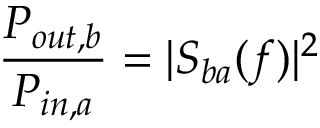
\frac { P _ { o u t , b } } { P _ { i n , a } } = | S _ { b a } ( f ) | ^ { 2 }